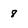
Character: 8